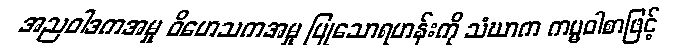
အညဝါဒကအမှု ဝိဟေသကအမှု ပြုသောရဟန်းကို သံဃာက ကမ္မဝါစာဖြင့်